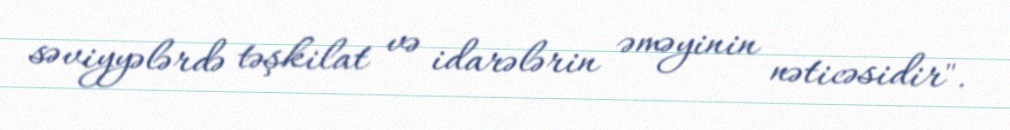
səviyyələrdə təşkilat və idarələrin əməyinin nəticəsidir".